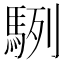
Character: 䮋